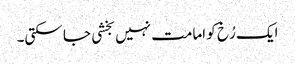
ایک رُخ کو امامت نہیں بخشی جا سکتی۔